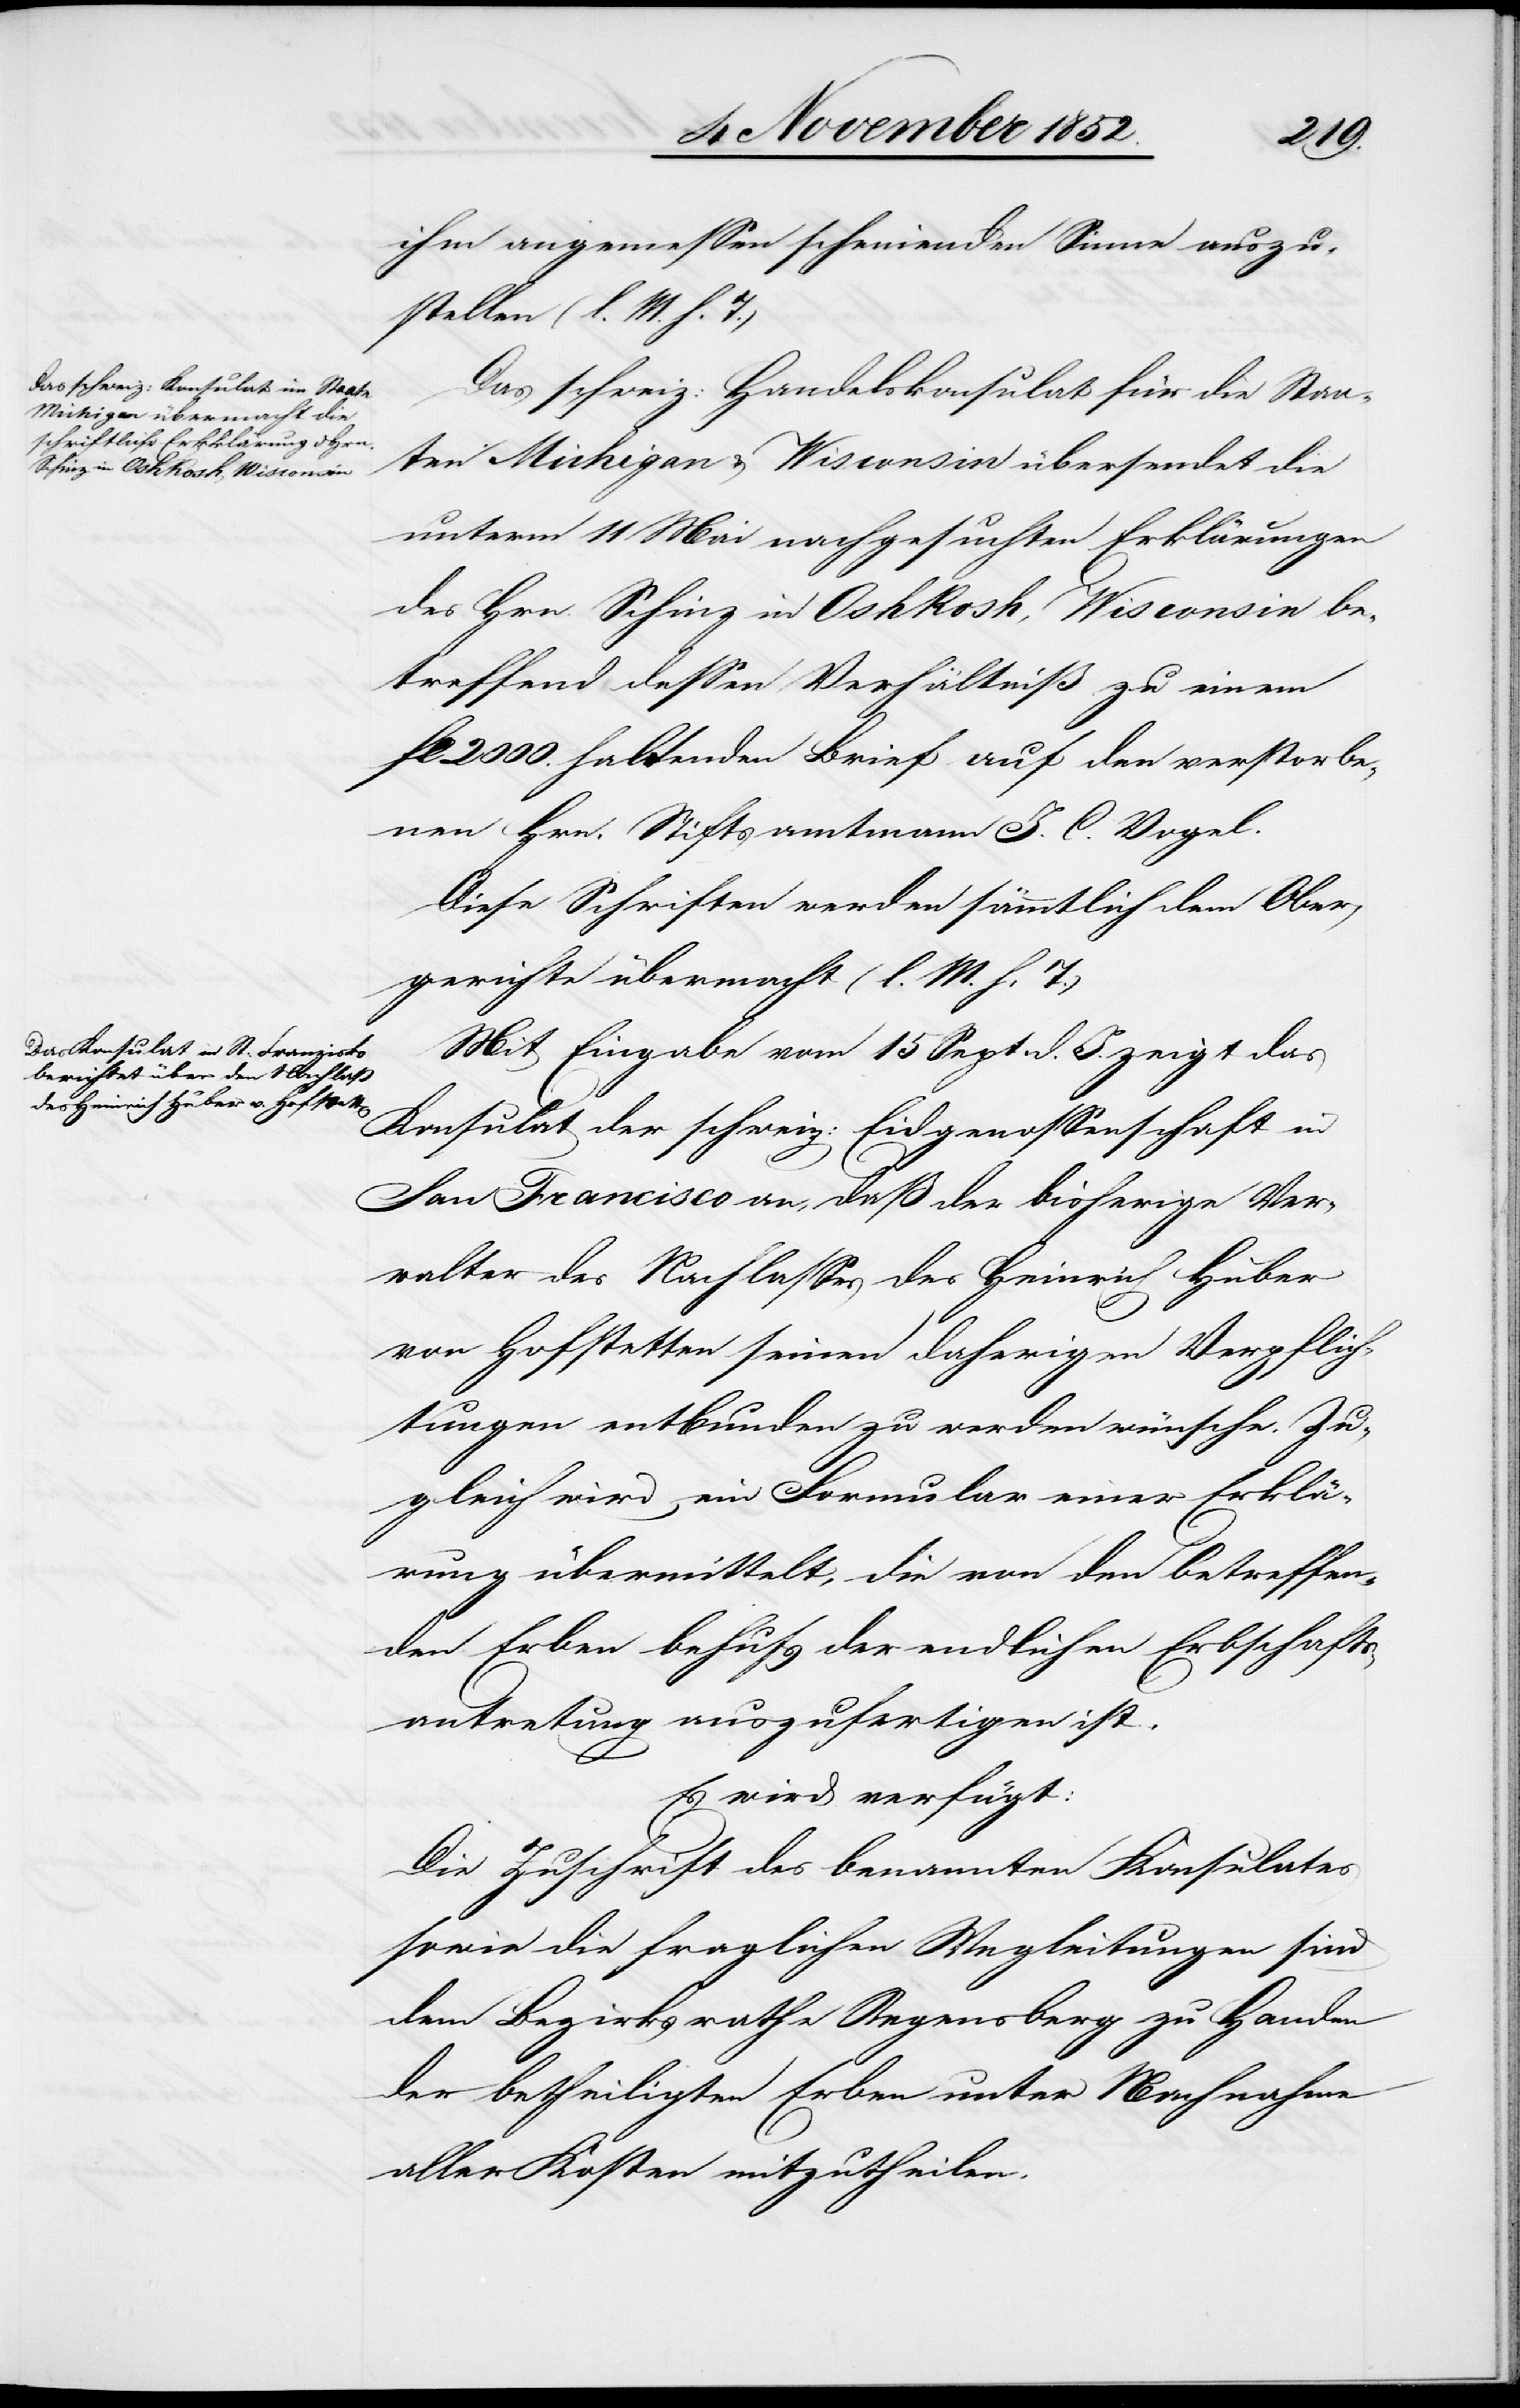
ihm angemessen scheinenden Sinne auszu¬
stellen (l. M. h. T.)
Das schweiz: Handelskonsulat für die Staa¬
ten Michigan & Wisconsin übersendet die
unterm 11 Mai nachgesuchten Erklärungen
des Hrn. Schinz in Oshkosh, Wisconsin be¬
treffend dessen Verhältniß zu einem
fl 2000. haltenden Brief auf den verstorbe¬
nen Hrn. Stiftsamtmann J. C. Vogel.
Diese Schriften werden sämmtlich dem Ober¬
gerichte übermacht (l. M. h. T.)
Mit Eingabe vom 15 Sept. d. J. zeigt das
Konsulat der schweiz: Eidgenossenschaft in
San Francisco an, daß der bisherige Ver¬
walter des Nachlasses des Heinrich Huber
von Hofstetten seinen daherigen Verpflich¬
tungen entbunden zu werden wünsche. Zu¬
gleich wird ein Formular einer Erklä¬
rung übermittelt, die von den betreffen¬
den Erben behufs der endlichen Erbschafts¬
antretung auszufertigen ist.
Es wird verfügt:
Die Zuschrift des benannten Konsulates
sowie die fraglichen Wegleitungen sind
dem Bezirksrathe Regensberg zu Handen
der betheiligten Erben unter Nachnahme
aller Kosten mitzutheilen.